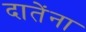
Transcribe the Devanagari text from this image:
दातेंना